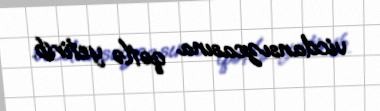
vicdansızcasına qətlə yetirib.